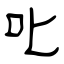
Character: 叱